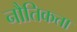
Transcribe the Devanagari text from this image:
नौतिकता